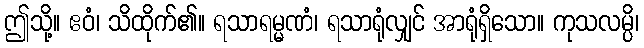
ဤသို့။ ဧဝံ၊ သိထိုက်၏။ ရသာရမ္မဏံ၊ ရသာရုံလျှင် အာရုံရှိသော။ ကုသလမ္ပိ၊